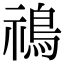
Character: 𩿷